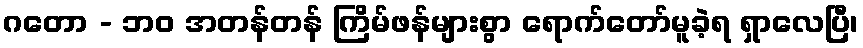
ဂတော - ဘဝ အတန်တန် ကြိမ်ဖန်များစွာ ရောက်တော်မူခဲ့ရ ရှာလေပြီ၊